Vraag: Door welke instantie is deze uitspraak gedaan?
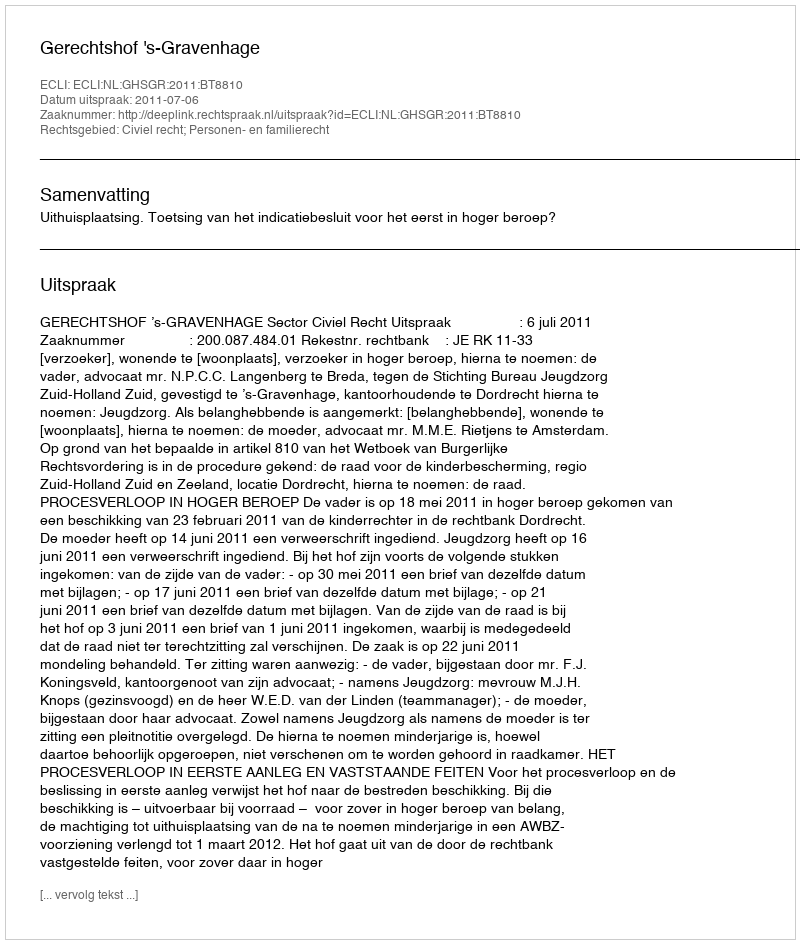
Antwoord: Gerechtshof 's-Gravenhage